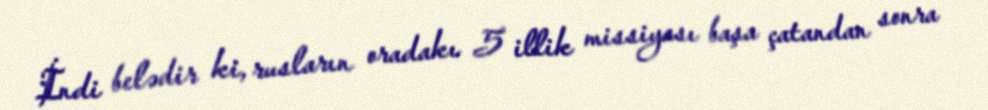
İndi belədir ki, rusların oradakı 5 illik missiyası başa çatandan sonra